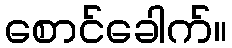
စောင်ခေါက်။